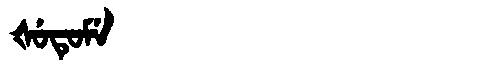
Manchu: ᡧᡠᡨᡠᠮᡝ
Romanization: ŠUTUME